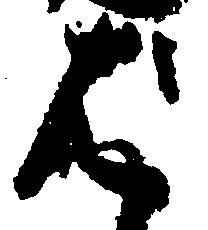
は